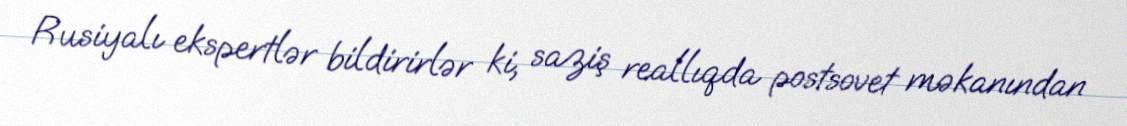
Rusiyalı ekspertlər bildirirlər ki, saziş reallıqda postsovet məkanından